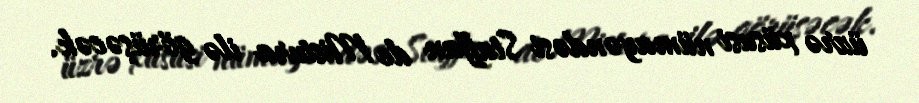
üzrə xüsusi nümayəndəsi Staffan de Mistura ilə görüşəcək.